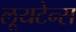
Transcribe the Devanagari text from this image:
लूयटेन्स